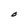
Character: O